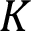
K